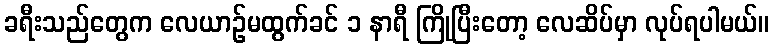
ခရီးသည်တွေက လေယာဉ်မထွက်ခင် ၁ နာရီ ကြိုပြီးတော့ လေဆိပ်မှာ လုပ်ရပါမယ်။